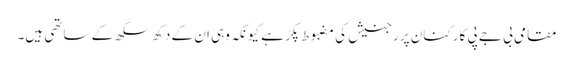
مقامی بی جے پی کارکنان پر رجنیش کی مضبوط پکڑ ہے کیونکہ وہی ان کے دکھ سکھ کے ساتھی ہیں۔